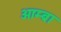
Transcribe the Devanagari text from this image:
ओम्ब्रा